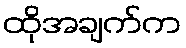
ထိုအချက်က